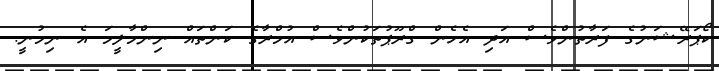
ކޯޕަރޭޝަނުގެ ފަރާތުންވެސް އަދި އެހެން ގްރޫޕުތަކުންވެސް އުމްރާގެ ކަންތައް ނިންމާލީމަ އެ ނިމުނީ.